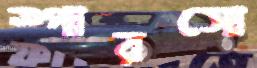
স্পারসো